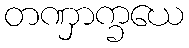
တဏှာက္ခယေ